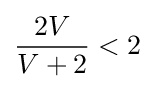
{\frac {2V}{V+2}}<2